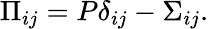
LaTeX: \Pi_{ij}=P\delta_{ij}-\Sigma_{ij}.